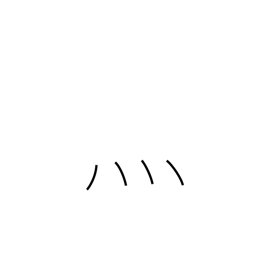
Meaning: fire radical (no. 86)